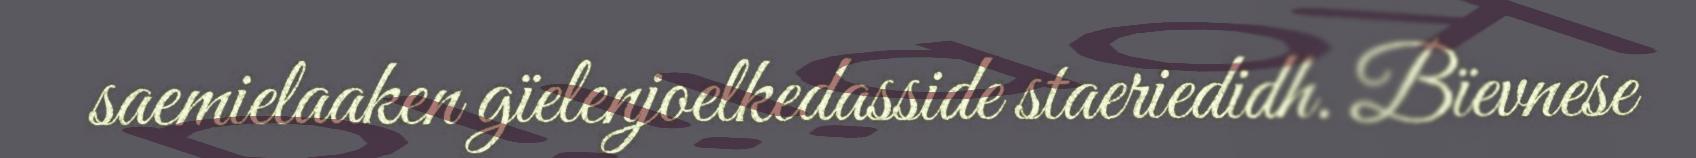
saemielaaken gïelenjoelkedasside staeriedidh. Bïevnese